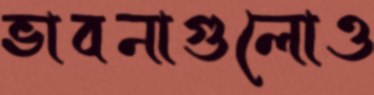
ভাবনাগুলোও